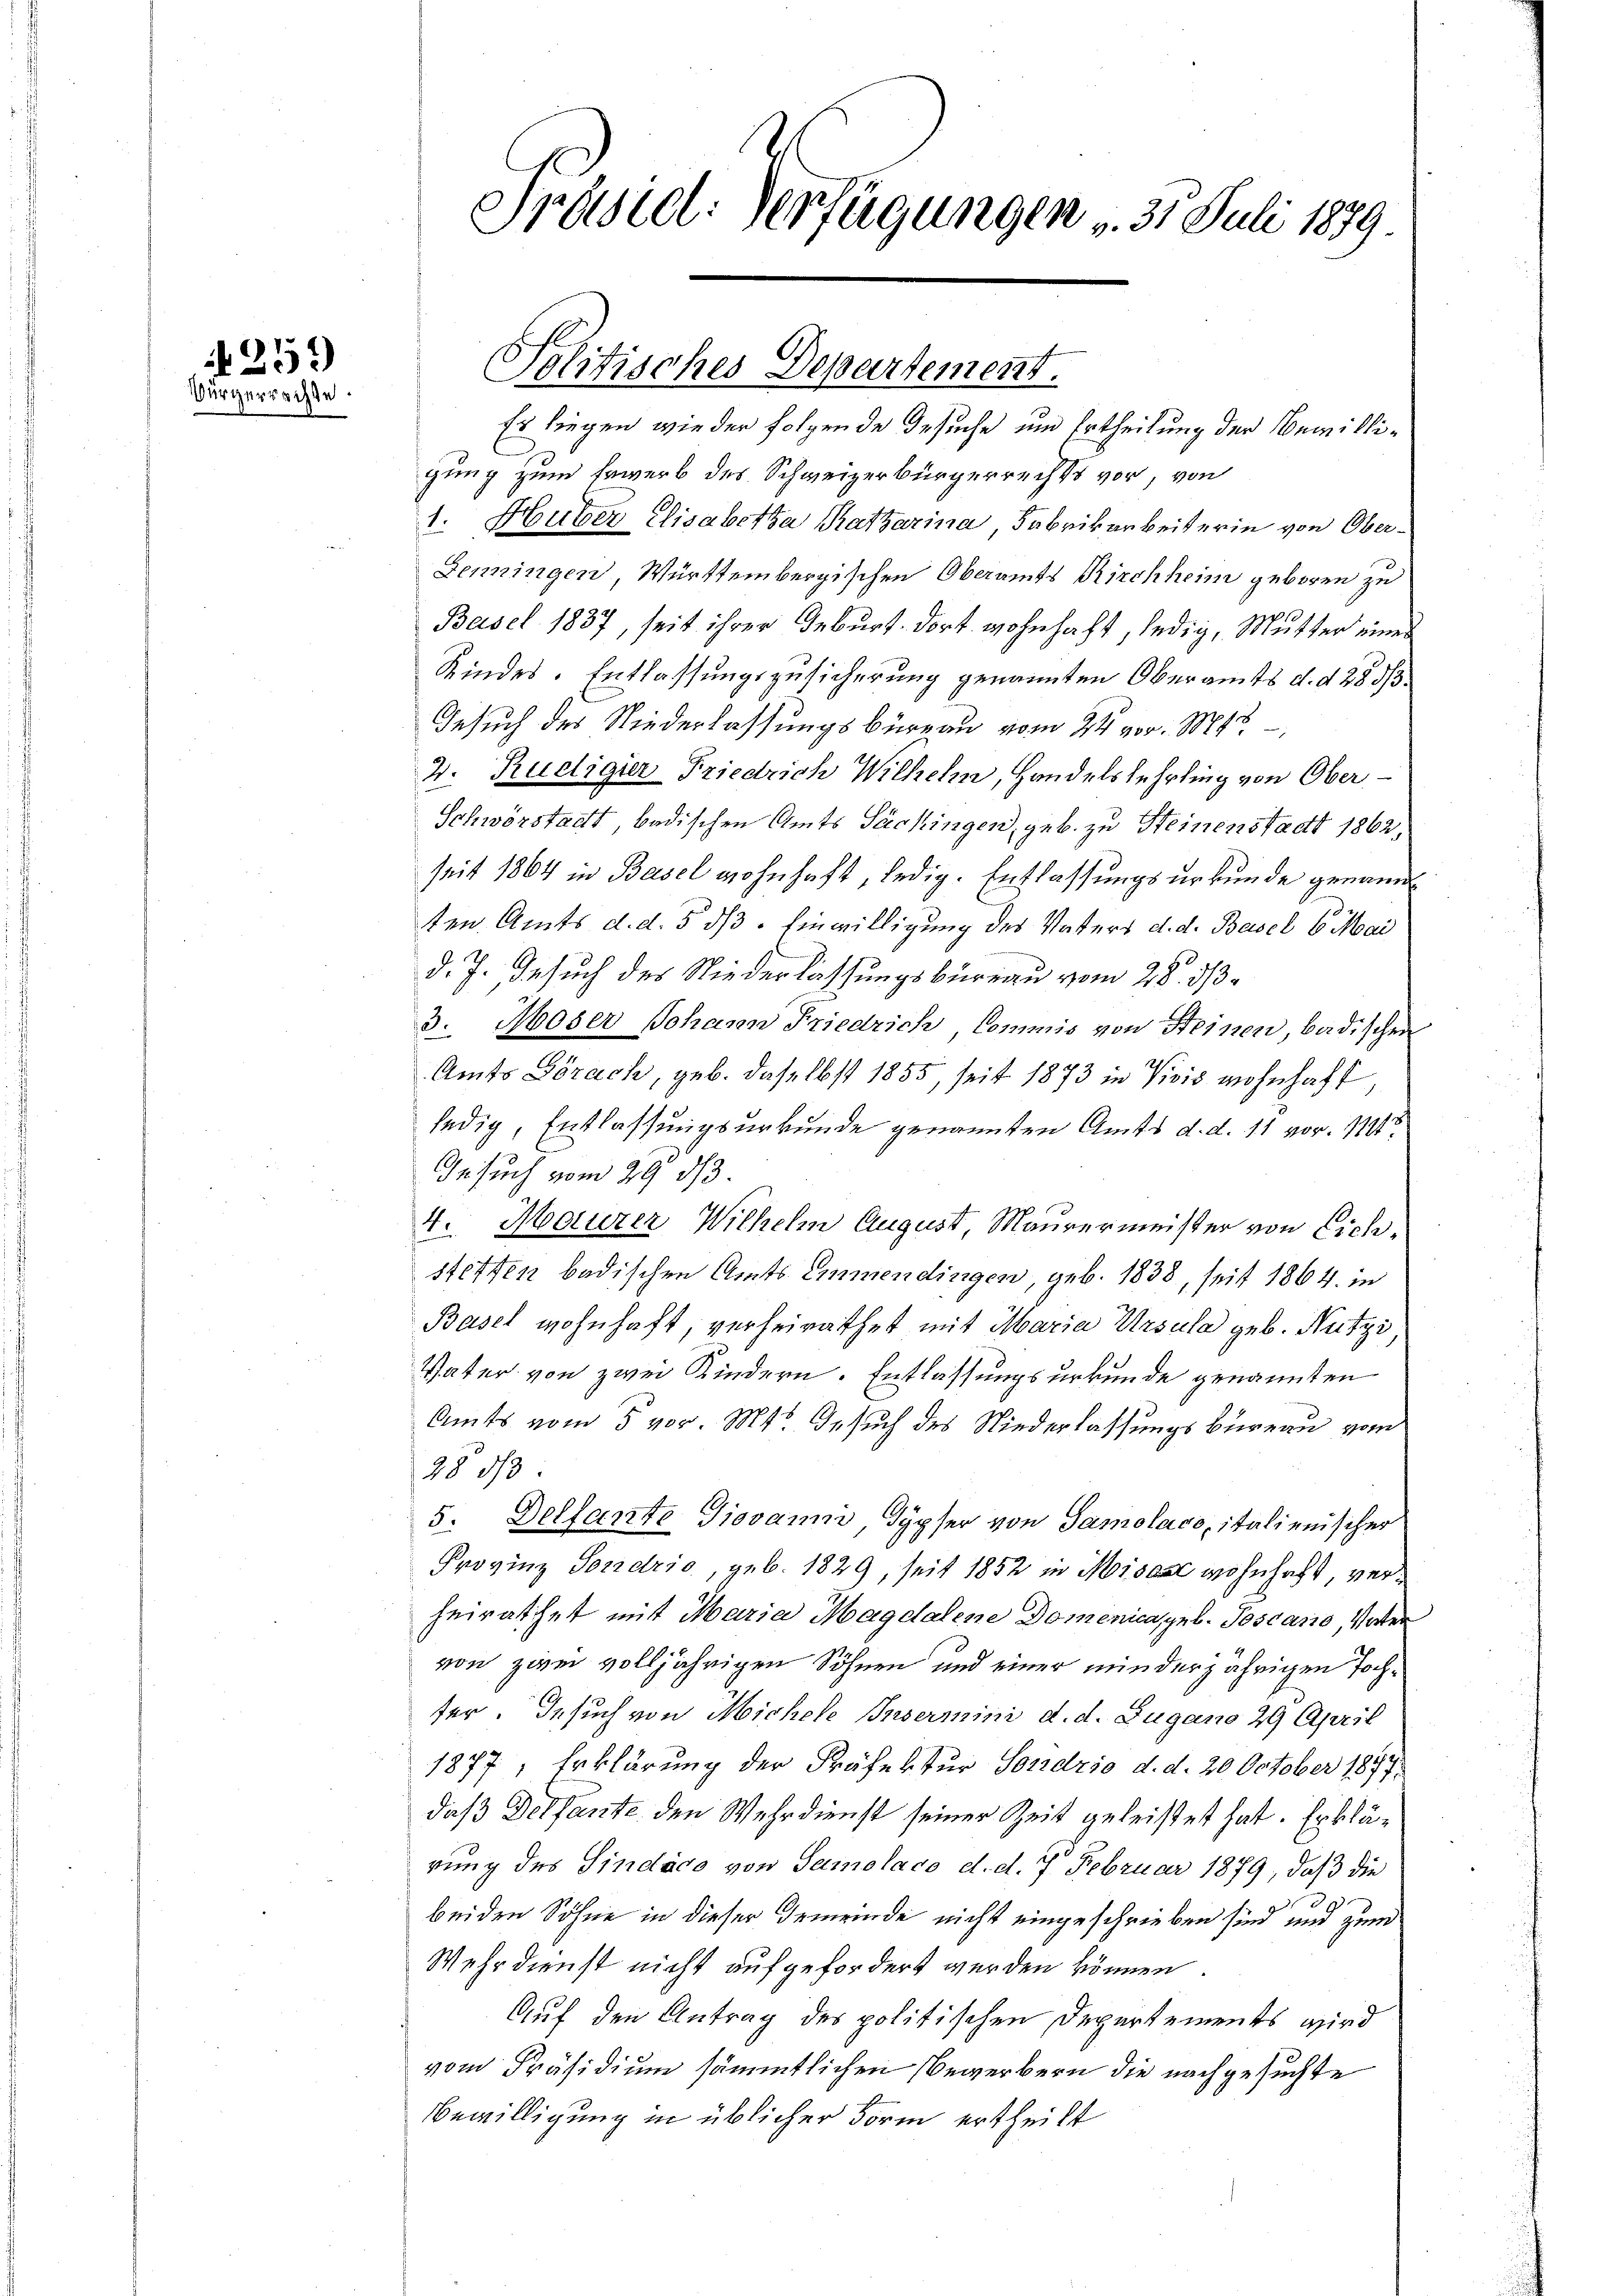
25)
Vürgerrachte.

Präsid. Verfügungen v. 31. Juli 1889

Politisches Departement.

Es liegen wieder folgende Gesuche und Ertheilung der Bewilligung zum Erwerb des Schweizerbürgerrechts vor, von
1. Huber Elisabetha Ratharina, Fabrikarbeiterin von Ober¬
Benningen, Württembergischen Oberamts Kirchheim geboren zu
Basel 1837, seit ihrer Geburt dort wohnhaft, ledig, Mutter eines
Kindes-Entlassungszusicherung genannten Oberamts d. d. 285/3
Gesuch des Niederlassungsbureau vom 24. vor. 145
2. Rueligier Friedrich Wilhelm, Handelslehrling von Ober¬
Schwörstadt, badischen Amts Säckingen, geb. zu Steinenstadt 1862,
seit 1864 in Basel wohnhaft, ledig. Entlassungsurkunde genannt
ten Amts d. d. 5. dß. Einwilligung des Vaters d. d. Basel 6. Mai
d. J. Gesuch des Niederlassungsbüreau vom 28. ds.
3. Moser Johann Friedrich Commis von Steinen, badischen
Amts Görach, geb. daselbst 1855, seit 1873 in Visis wohnhaft,
ledig, Entlassungsurkunde genannten Amts d. d. 11 vor. 1111
Gesuch vom 29. ds.
4. Maurer Wilhelm August, Maurermeister von Eichstetten badischen Amts Emmendingen, geb. 1838, seit 1864 in
Basel wohnhaft, verheirathet mit Maria Ursula geb. Nutzi
Vater von zwei Kindern. Entlassungsurkunde genannten
Amts vom 5 vor. Mts. Gesuch des Niederlassungsbureau vom
28 d
5. Delfante Giovanni, Gypser von Samolaco, italienischer
Provinz Sondrio, geb. 1829, seit 1852 in Moisa wohnhaft, verheirathet mit Maria Magdalene Domenica sel. Toscano, Vater
von zwei volljährigen Söhnen und einer minderjährigen Tochter. Gesuch von Michele Insermini d. d. Zugano 29 April
1877, Erklärung der Präfektur Sondrio d. d. 20. October 1877
daß Dessante den Wehrdienst seiner Zeit geleistet hat. Erklärung des Sindaco von Samolace d. d. 7. Februar 1879; daß die
beiden Söhne in dieser Gemeinde nicht eingeschrieben sind und zum
Wehrdienst nicht aufgefordert werden können.
Auf den Antrag des politischen Departements wird
vom Präsidium sämmtlichen Bewerbern die nachgesuchte
Bewilligung in üblicher Form ertheilt